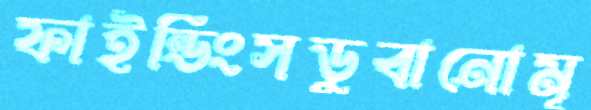
ফাইন্ডিংসডুবানোমূ